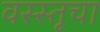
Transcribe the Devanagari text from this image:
वस्स्तूचा